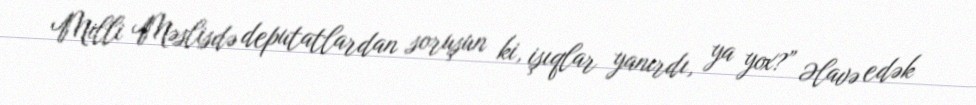
Milli Məslisdə deputatlardan soruşun ki, işıqlar yanırdı, ya yox?” Əlavə edək